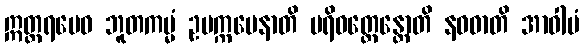
ဣတ္တရမေဝ ဘူတကမ္မံ ဥပက္ကမေနာတိ ပရိဝတ္တေန္တောတိ နဝဓာတိ အာဝါပံ